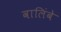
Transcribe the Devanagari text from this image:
वालिंबे